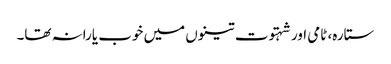
ستارہ، ٹامی اور شہتوت تینوں میں خوب یارانہ تھا۔